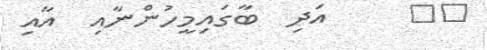
١٣     އަދި  ބާގައިމީހުންނާއި  އާއި